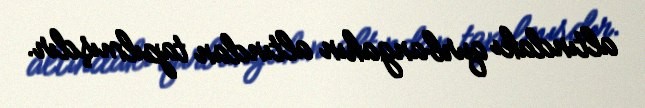
altındakı qurbangahın altından tapılmışdır.